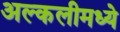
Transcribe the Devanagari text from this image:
अल्कलीमध्ये